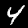
Digit: 4